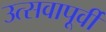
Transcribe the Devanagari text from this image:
उत्सवापूर्वी